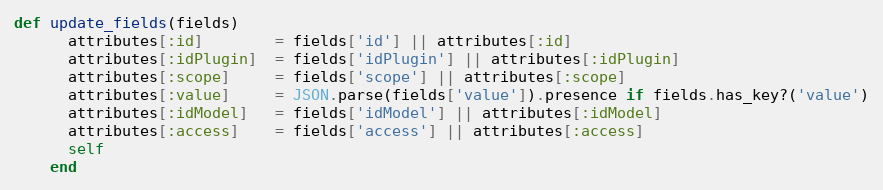
Language: Ruby
def update_fields(fields)
      attributes[:id]        = fields['id'] || attributes[:id]
      attributes[:idPlugin]  = fields['idPlugin'] || attributes[:idPlugin]
      attributes[:scope]     = fields['scope'] || attributes[:scope]
      attributes[:value]     = JSON.parse(fields['value']).presence if fields.has_key?('value')
      attributes[:idModel]   = fields['idModel'] || attributes[:idModel]
      attributes[:access]    = fields['access'] || attributes[:access]
      self
    end